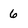
Character: 6